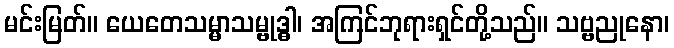
မင်းမြတ်။ ယေတေသမ္မာသမ္ဗုဒ္ဓါ၊ အကြင်ဘုရားရှင်တို့သည်။ သဗ္ဗညုနော၊